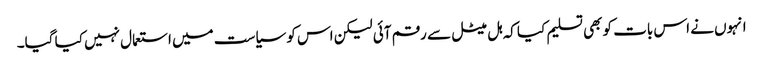
انہوں نے اس بات کو بھی تسلیم کیا کہ ہل میٹل سے رقم آئی لیکن اس کو سیاست میں استعمال نہیں کیا گیا۔